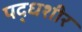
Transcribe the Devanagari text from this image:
पद्धशीर